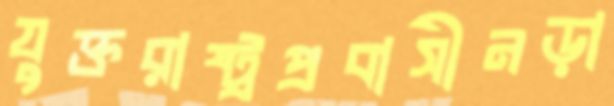
যুক্তরাষ্ট্রপ্রবাসীনড়া